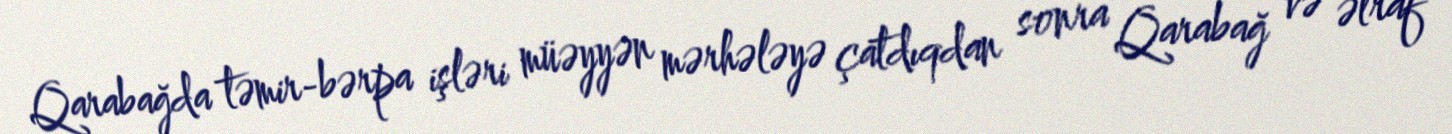
Qarabağda təmir-bərpa işləri müəyyən mərhələyə çatdıqdan sonra Qarabağ və ətraf